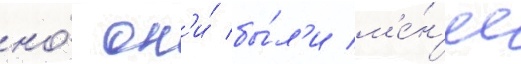
но́ он'и́ бы́л'и м'е́н'ее